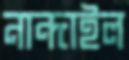
নান্দাইল